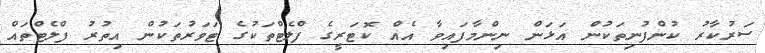
ސަރުކާރު ކުންފުނިތަކުން އަޅަން ނިންމާފައިވާ އެއް ކޮޓަރީގެ ފްލެޓްތަކުގެ ޓަވަރުތަކުން އިތުރު ފްލެޓްތައް